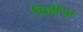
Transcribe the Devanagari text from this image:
सिद्दींचा